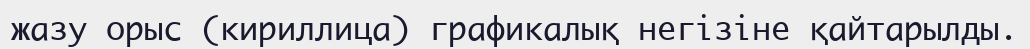
жазу орыс (кириллица) графикалық негізіне қайтарылды.